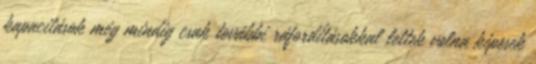
kapacitások még mindig csak további ráfordításokkal lettek volna képesek